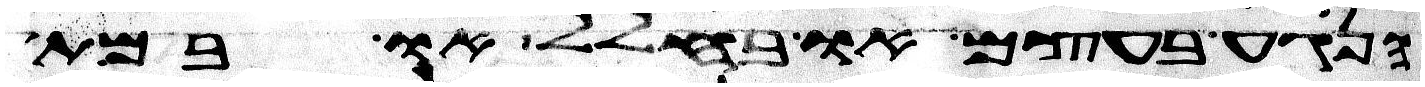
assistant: הנגע בעצם או בחלל או במת